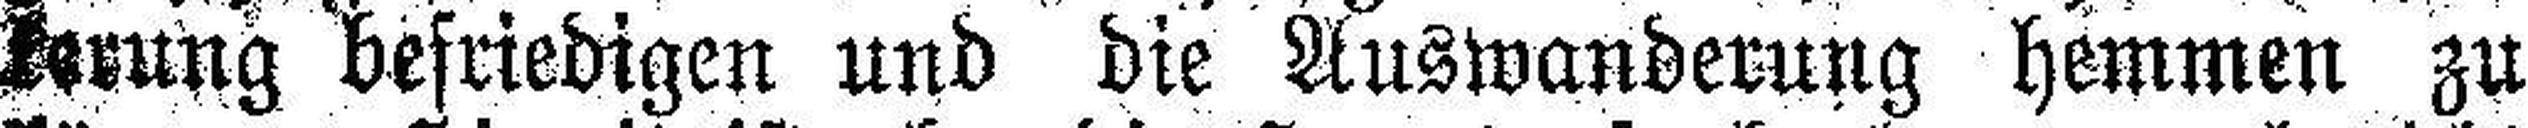
kerung befriedigen und die Auswanderung hemmen zu